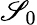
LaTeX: \mathscr{S}_{0}